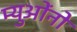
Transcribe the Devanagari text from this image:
म्युओंनो